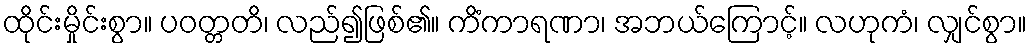
ထိုင်းမှိုင်းစွာ။ ပဝတ္တတိ၊ လည်၍ဖြစ်၏။ ကိံကာရဏာ၊ အဘယ်ကြောင့်။ လဟုကံ၊ လျှင်စွာ။